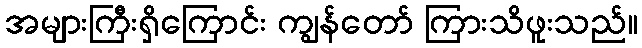
အများကြီးရှိကြောင်း ကျွန်တော် ကြားသိဖူးသည်။